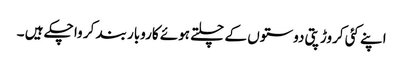
اپنے کئی کروڑپتی دوستوں کے چلتے ہوئے کاروبار بند کر وا چکے ہیں ۔